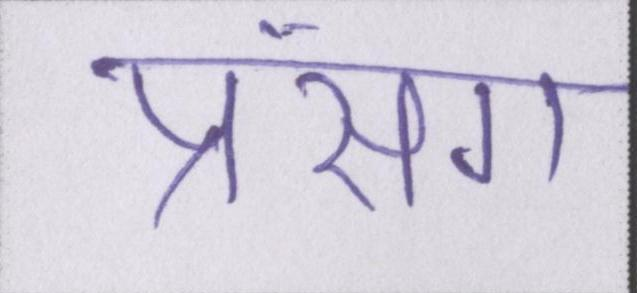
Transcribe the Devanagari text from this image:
प्रसंग